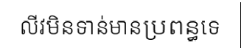
លីវមិនទាន់មានប្រពន្ធទេ